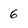
Character: 6